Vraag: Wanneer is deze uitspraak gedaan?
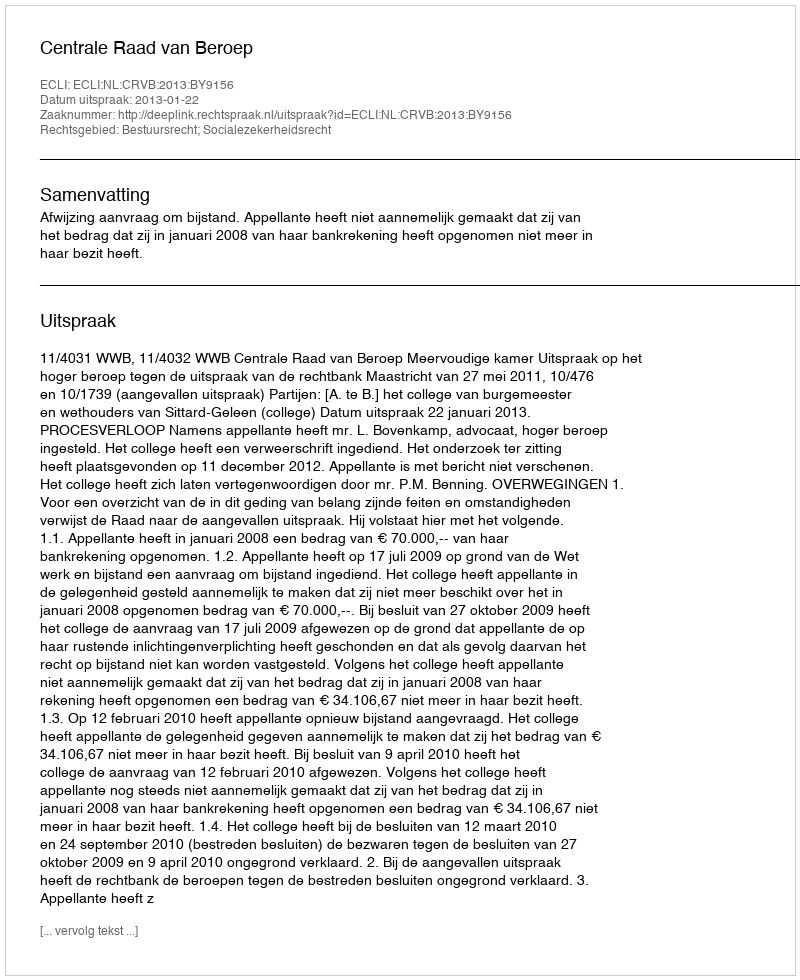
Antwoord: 2013-01-22